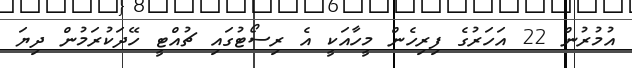
އުމުރުން 22 އަހަރުގެ ފިރިހެން މީހާއަކީ އެ ރިސޯޓުގައި ޗުއްޓީ ހޭދަކުރަމުން ދިޔަ